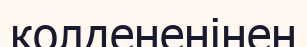
колденеңінен